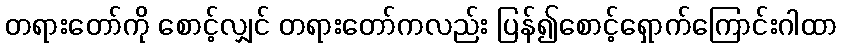
တရားတော်ကို စောင့်လျှင် တရားတော်ကလည်း ပြန်၍စောင့်ရှောက်ကြောင်းဂါထာ